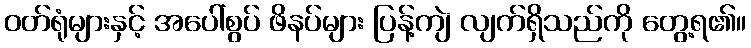
ဝတ်ရုံများနှင့် အပေါ်စွပ် ဖိနပ်များ ပြန့်ကျဲ လျက်ရှိသည်ကို တွေ့ရ၏။